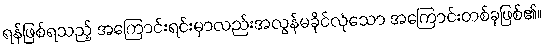
ရန်ဖြစ်ရသည့် အကြောင်းရင်းမှာလည်းအလွန်မခိုင်လုံသော အကြောင်းတစ်ခုဖြစ်၏။